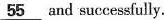
\underline{55}and successfully.